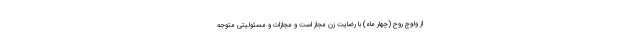
از ولوج روح (چهار ماه) با رضایت زن مجاز است و مجازات و مسئولیتی متوجه